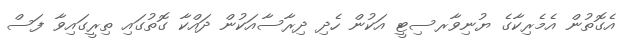
އެގޮތުން އެމެރިކާގެ ޔުނިވާރސިޓީ އަކުން ހެދި ދިރާސާއަކުން ދައްކާ ގޮތުގައި ތިރީގައިވާ ފަސް